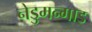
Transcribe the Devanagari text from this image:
नेडुमन्गाड